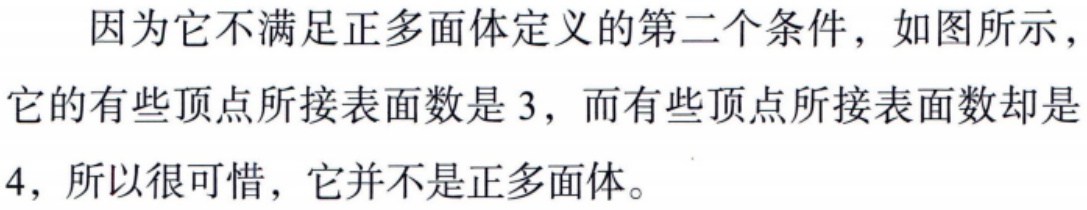
因为它不满足正多面体定义的第二个条件，如图所示，它的有些顶点所接表面数是 3，而有些顶点所接表面数却是4，所以很可惜，它并不是正多面体。